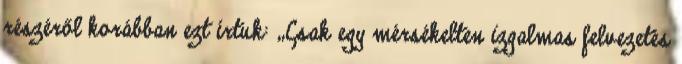
részéről korábban ezt írtuk: „Csak egy mérsékelten izgalmas felvezetés